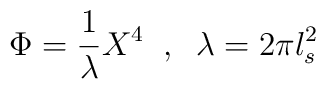
\Phi = \frac{1}{\lambda}X^4 \;\; , \;\; \lambda = 2\pi l_s^2